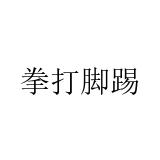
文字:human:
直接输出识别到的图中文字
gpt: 拳打脚踢